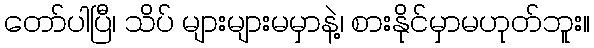
တော်ပါပြီ၊ သိပ် များများမမှာနဲ့၊ စားနိုင်မှာမဟုတ်ဘူး။